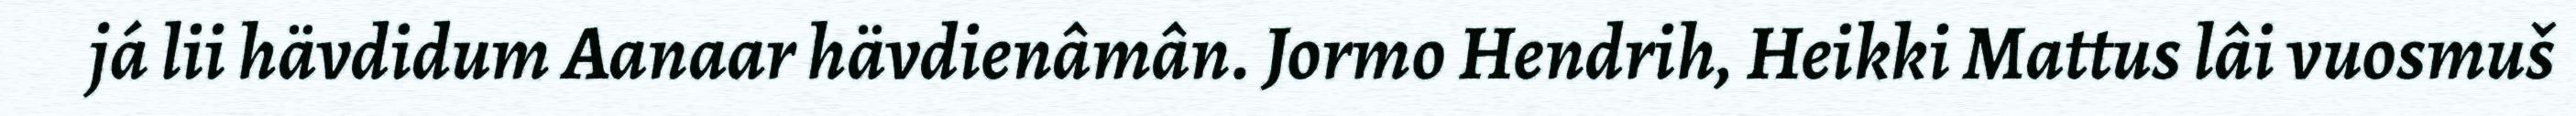
já lii hävdidum Aanaar hävdienâmân. Jormo Hendrih, Heikki Mattus lâi vuosmuš